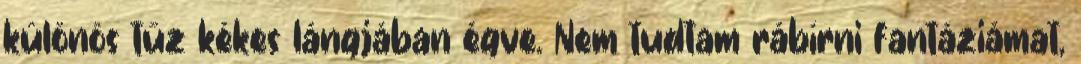
különös tűz kékes lángjában égve. Nem tudtam rábírni fantáziámat,